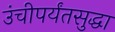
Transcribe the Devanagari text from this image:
उंचीपर्यंतसुद्धा